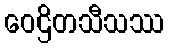
ဝေဌိတသီသဿ